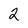
Character: 2